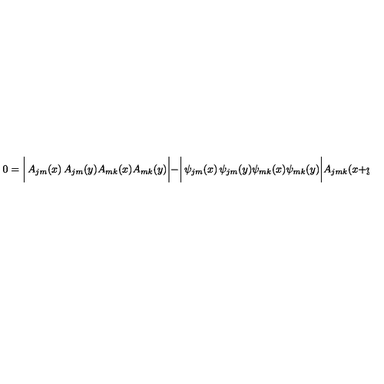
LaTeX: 0 = \biggl | \begin{matrix} { A _ { j m } ( x ) } & { A _ { j m } ( y ) } \\ { A _ { m k } ( x ) } & { A _ { m k } ( y ) } \\ \end{matrix} \biggr | - \biggl | \begin{matrix} { \psi _ { j m } ( x ) } & { \psi _ { j m } ( y ) } \\ { \psi _ { m k } ( x ) } & { \psi _ { m k } ( y ) } \\ \end{matrix} \biggr | A _ { j m k } ( x + y ) .